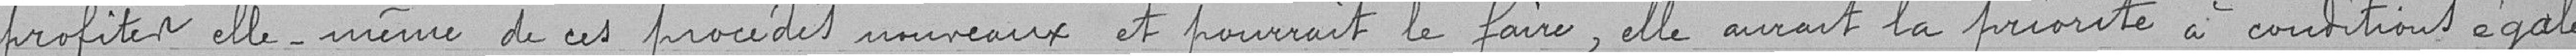
profitent elle-même de ces procédés nouveaux et pourrait le faire, elle aurait le priorité à conditions égales